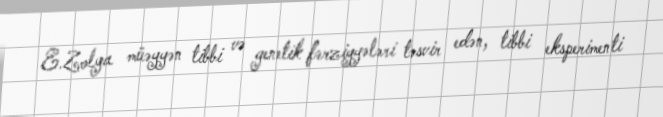
E.Zolya müəyyən tibbi və genetik fərziyyələri təsvir edən, tibbi eksperimenti